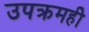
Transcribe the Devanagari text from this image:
उपक्रमहीे